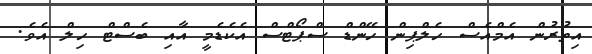
އިތުރުން އެމްއެސް ހެލްޕިން ހޭންޑް ސްޕޯޓްސް އެކެޑެމީ އާއި ބެސްޓް ހިލް އެވެ.